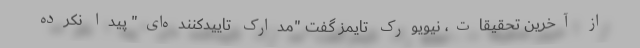
از آخرین تحقیقات، نیویورک تایمز گفت "مدارک تاییدکننده‌ای‌" پیدا نکرده